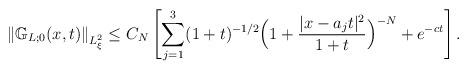
LaTeX: \begin{align*}\left\| \mathbb{G}_{L;0}(x,t)\right\|_{L^2_\xi}\leq C_N\left[\sum_{j=1}^{3}(1+t)^{-1/2}\Big(1+\frac{|x-a_{j}t|^{2}}{1+t} \Big)^{-N}+e^{-ct}\right].\end{align*}